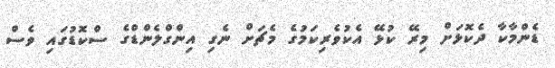
ޑެންމާކާ ދެކޮޅަށް މިރޭ ކުޅޭ އެކުވެރިކަމުގެ މެޗަށް ނެގި އިންގްލެންޑްގެ ސްކޮޑުގައި ވެސް